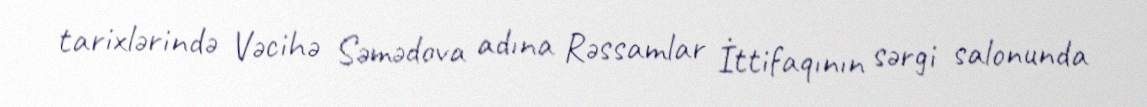
tarixlərində Vəcihə Səmədova adına Rəssamlar İttifaqının sərgi salonunda